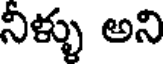
నిళ్ళు అని